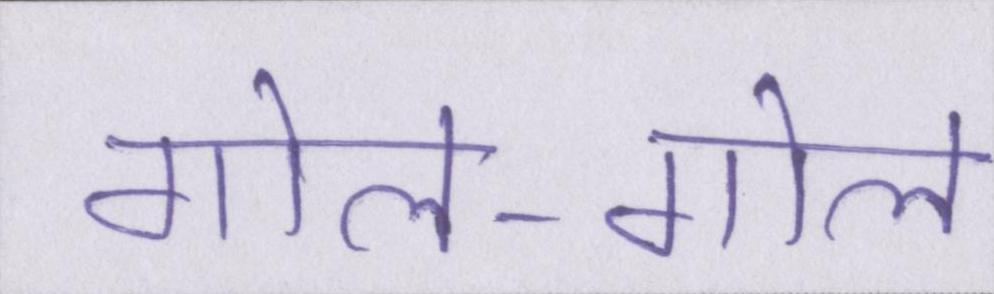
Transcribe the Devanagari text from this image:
गोल-गोल